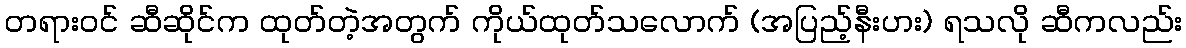
တရားဝင် ဆီဆိုင်က ထုတ်တဲ့အတွက် ကိုယ်ထုတ်သလောက် (အပြည့်နီးပား) ရသလို ဆီကလည်း